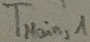
Text: TMain,1